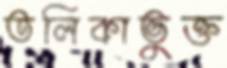
তলিকাভুক্ত